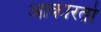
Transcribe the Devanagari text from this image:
आकारतो